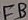
Text: FB